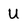
Character: U